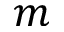
m